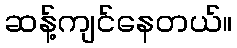
ဆန့်ကျင်နေတယ်။